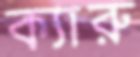
ক্যারু